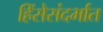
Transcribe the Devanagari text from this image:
हिंसेसंदर्भात